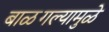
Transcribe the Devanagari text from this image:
बाळगल्यामुळे